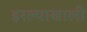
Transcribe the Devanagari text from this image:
इरल्याखाली